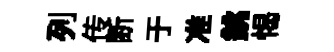
列传断于准銚愒